Leaving Certificate Examination, 1911
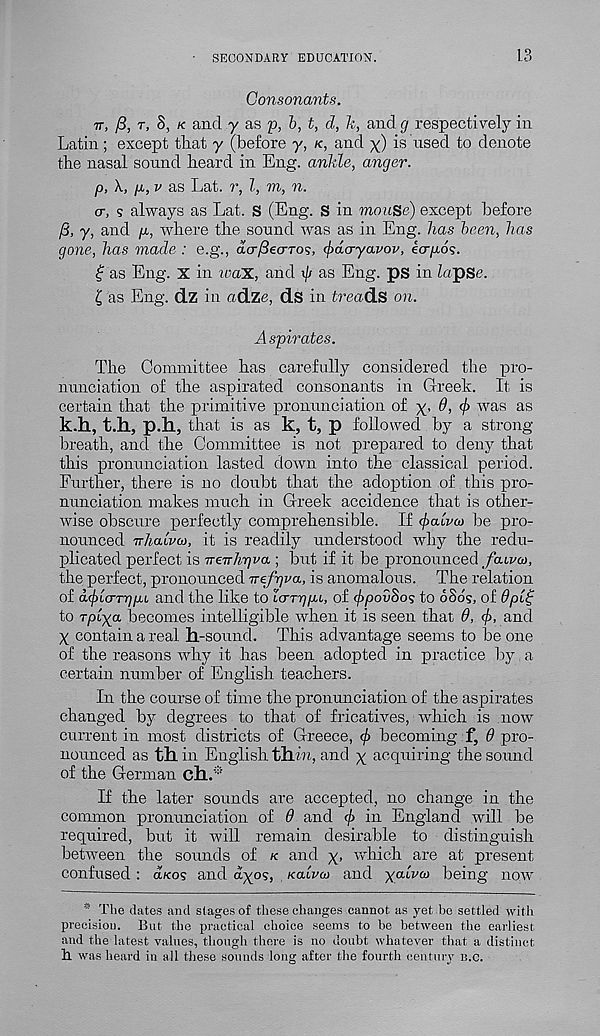
SECONDARY EDUCATION.
1.3
Consonants.
-rr, ft, T, 8, K and y as p, b, t, d, k, and g respectively in
Latin; except that y (before y, K, and x) is used to denote
the nasal sound heard in Eng. ankle, anger.
p,
p, v as Lat. r, l, m, n.
cr, 5 always as Lat. S (Eng. S in mouse) except before
/5, y, and p, where the sound was as in Eng. has been, has
gone, has made : e.g., acrySeo-ro?, fydcryavov, kapos.
f as Eng. X in waTL, and i// as Eng. ps in lapse.
£ as Eng. dz in adze, ds in treads on.
Aspirates.
The Committee has carefully considered the pro-
nunciation of the aspirated consonants in Greek. It is
certain that the primitive pronunciation of x-
was as
k.h, t.h, p.h, that is as k, t, p followed by a strong-
breath, and the Committee is not prepared to deny that
this pronunciation lasted down into the classical period.
Further, there is no doubt that the adoption of this pro-
nunciation makes much in Greek accidence that is other-
wise obscure perfectly comprehensible. If ^ouVcu be pro-
nounced -rrhaLvut, it is readily understood why the redu-
plicated perfect is TreTrJngva ; but if it be pronounced faivco,
the perfect, pronounced Trefgva, is anomalous. The relation
of d(j)iarT'gpi and the like to LarqpL, of <f)povbos to 6Sos, of 9pit;
to T/Hx a becomes intelligible when it is seen that 6, 4>, and
X contain a real ll-sound. This advantage seems to be one
of the reasons why it has been adopted in practice by a
certain number of English teachers.
In the course of time the pronunciation of the aspirates
changed by degrees to that of fricatives, which is now
current in most districts of Greece, <^> becoming f, 6 pro-
nounced as til in English thin, and x acquiring the sound
of the German ch.*
If the later sounds are accepted, no change in the
common pronunciation of 9 and
in England will be
required, but it will remain desirable to distinguish
between the sounds of K and x> which are at present
confused : a/cos and dx o? > Kalvco and yalvco being now
* The dates and stages of these changes cannot as yet bo settled with
precision. But the practical choice seems to be between the earliest
and the latest values, though there is no doubt whatever that a distinct
h. was heard in all these sounds long after the fourth century n.c.